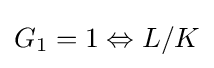
G_{1}=1\Leftrightarrow L/K